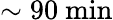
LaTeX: \sim 90~\mathrm{min}